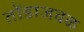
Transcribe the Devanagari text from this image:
तोंडाजवळ